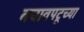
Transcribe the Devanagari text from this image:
बचावपटूच्या